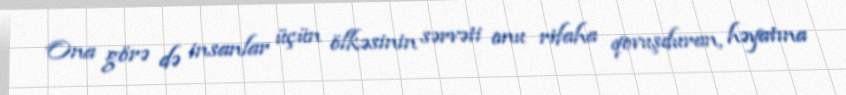
Ona görə də insanlar üçün ölkəsinin sərvəti onu rifaha qovuşduran, həyatına